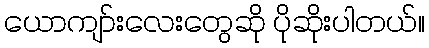
ယောကျာ်းလေးတွေဆို ပိုဆိုးပါတယ်။